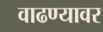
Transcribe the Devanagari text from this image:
वाढण्यावर